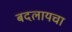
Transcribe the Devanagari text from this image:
बदलायचा